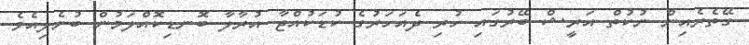
ގޭތެރެއިން ނުކުތް އަރީޝް ބޭރުގައި ހުރި ދެއަހަރުގެ ކުޑަކުއްޖާ އުރާލާ ބޮނޑިކޮއްލަމުން ބުނެލިއެވެ